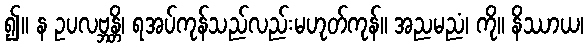
၍။ န ဥပလဗ္ဘန္တိ၊ ရအပ်ကုန်သည်လည်းမဟုတ်ကုန်။ အညမညံ၊ ကို။ နိဿာယ၊